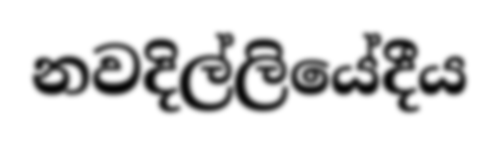
නවදිල්ලියේදීය